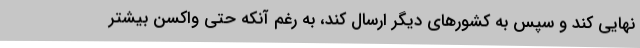
نهایی کند و سپس به کشورهای دیگر ارسال کند، به رغم آنکه حتی واکسن بیشتر